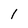
Character: 1